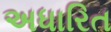
અધારિત